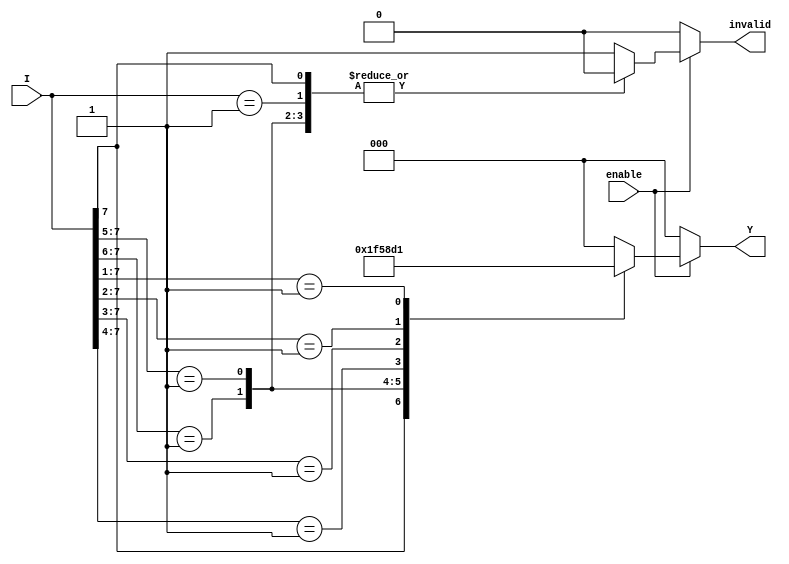
module octal_to_binary_encoder (
    input wire [7:0] I,      // 8-bit octal input (I0 to I7)
    input wire enable,       // Enable signal
    output reg [2:0] Y,      // 3-bit binary output (Y2, Y1, Y0)
    output reg invalid       // Invalid output signal
);

    always @(*) begin
        if (!enable) begin
            Y = 3'b000;       // If not enabled, output is 000
            invalid = 1'b0;   // No invalid state
        end else begin
            casez (I)          // Use casez to handle don't care conditions
                8'b1??????? : begin Y = 3'b111; invalid = 1'b0; end // I7
                8'b01?????? : begin Y = 3'b110; invalid = 1'b0; end // I6
                8'b001????? : begin Y = 3'b101; invalid = 1'b0; end // I5
                8'b0001???? : begin Y = 3'b100; invalid = 1'b0; end // I4
                8'b00001??? : begin Y = 3'b011; invalid = 1'b0; end // I3
                8'b000001?? : begin Y = 3'b010; invalid = 1'b0; end // I2
                8'b0000001? : begin Y = 3'b001; invalid = 1'b0; end // I1
                8'b00000001 : begin Y = 3'b000; invalid = 1'b0; end // I0
                default: begin
                    Y = 3'b000;   // Default to 000 if no inputs are active
                    invalid = 1'b1; // Indicate invalid state
                end
            endcase
        end
    end

endmodule